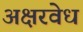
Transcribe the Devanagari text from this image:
अक्षरवेध